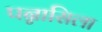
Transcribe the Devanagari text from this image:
पन्नासिला